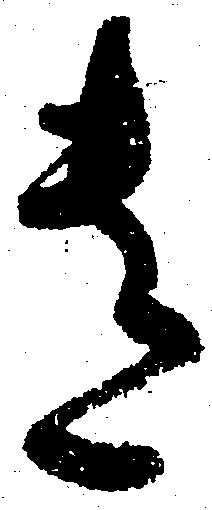
遺